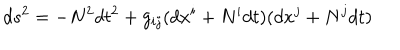
d s ^ { 2 } = - N ^ { 2 } d t ^ { 2 } + g _ { i j } ( d x ^ { i } + N ^ { i } d t ) ( d x ^ { j } + N ^ { j } d t )